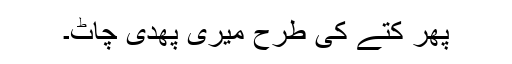
پھر کتے کی طرح میری پھدی چاٹ۔